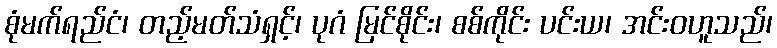
စုံမက်ရည်ငံ၊ တည့်မတ်သံရှင့်၊ ပုဂံ မြင်စိုင်း၊ စစ်ကိုင်း ပင်းယ၊ အင်းဝဟူသည်၊